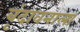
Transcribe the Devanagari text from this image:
वृंदावनाला